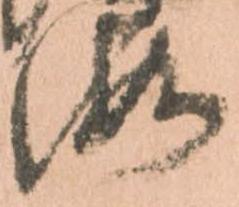
海